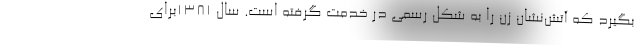
بگیرد که آتش‌نشان زن را به شکل رسمی در خدمت گرفته است. سال 1381برای